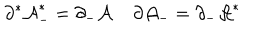
\partial ^ { * } { \cal A } _ { - } ^ { * } = \partial _ { - } { \cal A } \; \partial { \cal A } _ { - } = \partial _ { - } { \cal A } ^ { * }